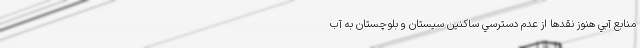
منابع آبي هنوز نقدها از عدم دسترسي ساكنين سيستان و بلوچستان به آب